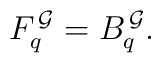
F_q^{\, \cal G} = B_q^{\, \cal G}.